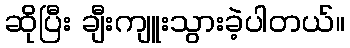
ဆိုပြီး ချီးကျူးသွားခဲ့ပါတယ်။